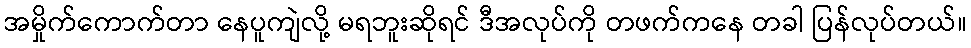
အမှိုက်ကောက်တာ နေပူကျဲလို့ မရဘူးဆိုရင် ဒီအလုပ်ကို တဖက်ကနေ တခါ ပြန်လုပ်တယ်။